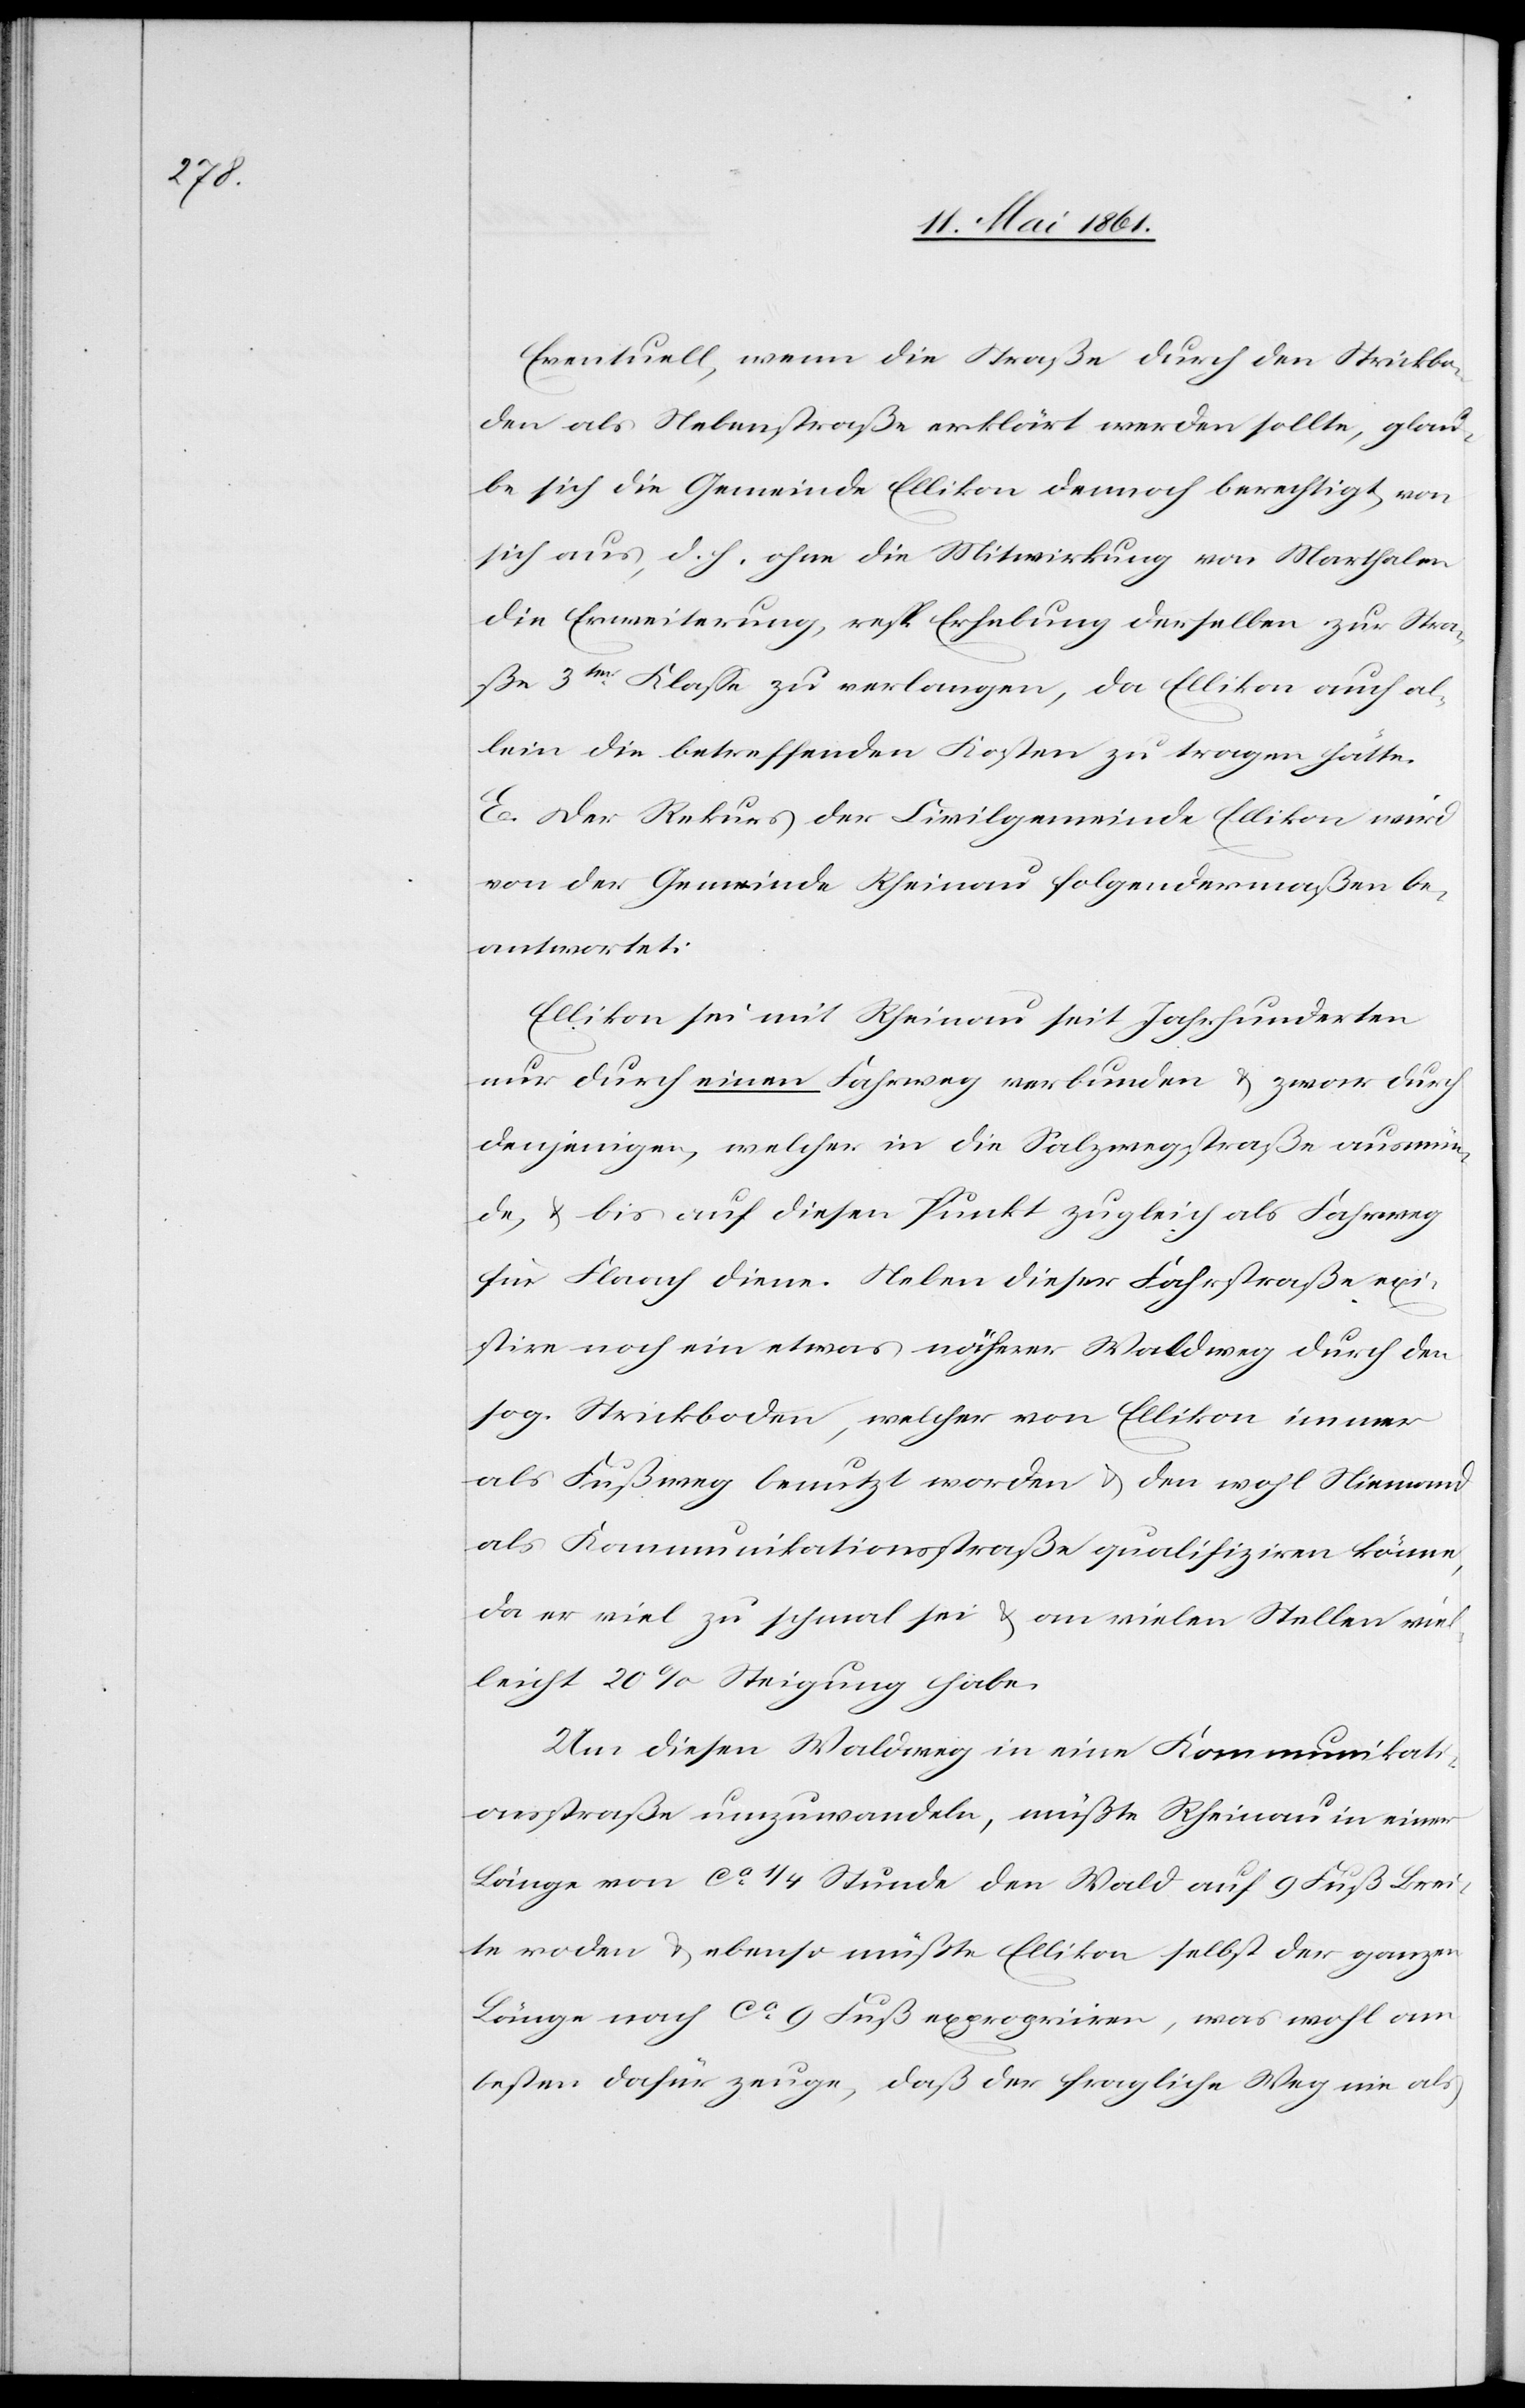
Eventuell, wenn die Straße durch den Strickbo¬
den als Nebenstraße erklärt werden sollte, glau¬
be sich die Gemeinde Ellikon dennoch berechtigt, von
sich aus, d. h. ohne die Mitwirkung von Marthalen
die Erweiterung, resp. Erhebung derselben zur Stra¬
ße 3ter Klasse zu verlangen, da Ellikon auch al¬
lein die betreffenden Kosten zu tragen hätte.
E. Der Rekurs der Civilgemeinde Ellikon wird
von der Gemeinde Rheinau folgendermaßen be¬
antwortet:
Ellikon sei mit Rheinau seit Jahrhunderten
nur durch einen Fahrweg verbunden u. zwar durch
denjenigen, welcher in die Salzwegstraße ausmün¬
de, u. bis auf diesen Punkt zugleich als Fahrweg
für Flaach diene. Neben dieser Fahrstraße exi¬
stire noch ein etwas näherer Waldweg durch den
sog. Strickboden, welcher von Ellikon immer
als Fußweg benutzt worden u. den wohl Niemand
als Kommunikationsstraße qualifiziren könne,
da er viel zu schmal sei u. an vielen Stellen viel¬
leicht 20% Steigung habe.
Um diesen Waldweg in eine Kommunikat¬
ionsstraße umzuwandeln, müßte Rheinau in einer
Länge von ca 1/4 Stunde den Wald auf 9 Fuß Brei¬
te roden u. ebenso müßte Ellikon selbst der ganzen
Länge nach ca 9 Fuß repropriiren, was wohl am
besten dafür zeuge, daß der fragliche Weg nie als